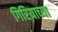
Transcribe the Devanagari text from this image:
गिरियाच्या